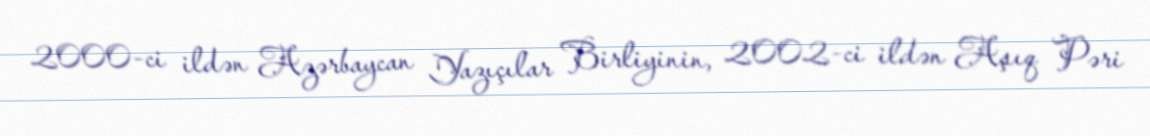
2000-ci ildən Azərbaycan Yazıçılar Birliyinin, 2002-ci ildən Aşıq Pəri